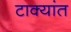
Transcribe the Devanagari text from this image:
टाक्यांत